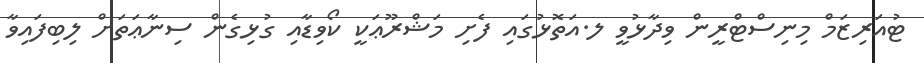
ޓުއަރިޒަމް މިނިސްޓްރީން ވިދާޅުވީ ލ.އަތޮޅުގައި ފެށި މަޝްރޫޢަކީ ކޯވިޑާއި ގުޅިގެން ސިނާޢަތަށް ލިބިފައިވާ